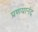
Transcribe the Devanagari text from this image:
प्रणयानंद